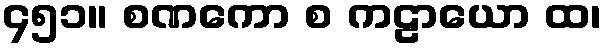
၄၅၁။ စဏကော စ ကဠာယော ထ၊